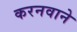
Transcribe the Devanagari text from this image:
करनवाने